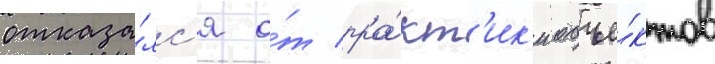
отказа́лс'я о́т пра́кт'ик'и объе́ктов